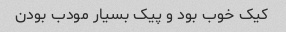
کیک خوب بود و پیک بسیار مودب بودن